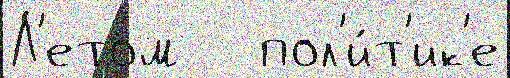
Л'етом   пол'и́т'ик'е